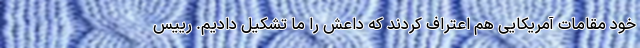
خود مقامات آمریکایی هم اعتراف کردند که داعش را ما تشکیل دادیم. رییس